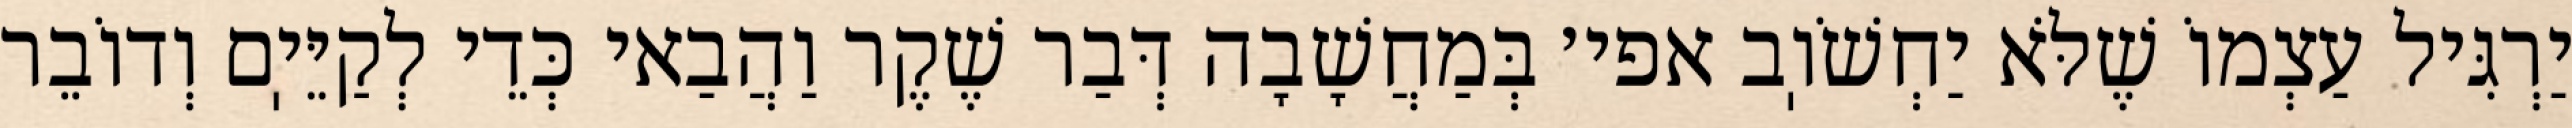
יַרְגִּיל עַצְמוֹ שֶׁלֹּא יַחְשֹׁוֽב אפי׳ בְּמַחֲשָׁבָה דְּבַר שֶׁקֶר וַהֲבַאי כְּדֵי לְקַיֵּיֽם וְדוֹבֵר